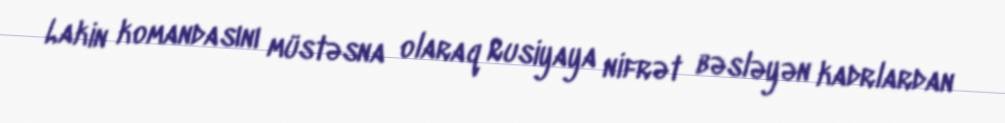
Lakin komandasını müstəsna olaraq Rusiyaya nifrət bəsləyən kadrlardan